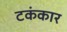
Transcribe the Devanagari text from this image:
टकंकार